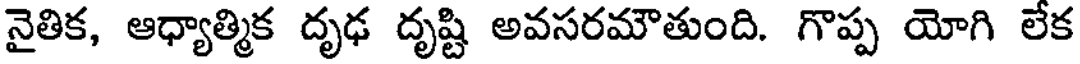
నైతిక, ఆధ్యాత్మిక దృఢ దృష్టి అవసరమౌతుంది. గొప్ప యోగి లేక